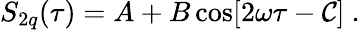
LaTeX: S_{2q}(\tau)=A+B\cos[2\omega\tau-\mathcal{C}]\ .